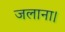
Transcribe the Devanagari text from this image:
जलाना।